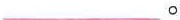
___。